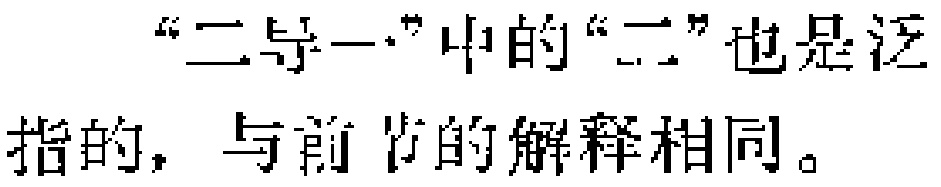
“二导一”中的“二”也是泛指的，与前节的解释相同。